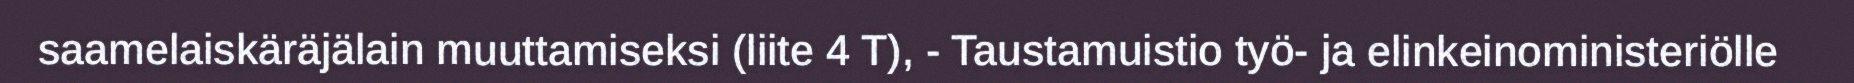
saamelaiskäräjälain muuttamiseksi (liite 4 T), - Taustamuistio työ- ja elinkeinoministeriölle